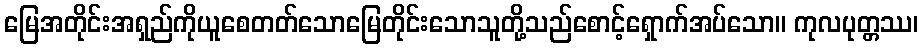
မြေအတိုင်းအရှည်ကိုယူစေတတ်သောမြေတိုင်းသောသူတို့သည်စောင့်ရှောက်အပ်သော။ ကုလပုတ္တဿ၊